Source: Handwritten
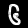
Digit: ၆ (6)